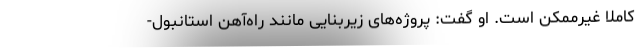
کاملا غیرممکن است. او گفت: پروژه‌های زیربنایی مانند راه‌آهن استانبول-